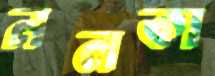
নলকা